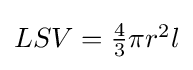
{\textstyle LSV={\frac {4}{3}}\pi r^{2}l}